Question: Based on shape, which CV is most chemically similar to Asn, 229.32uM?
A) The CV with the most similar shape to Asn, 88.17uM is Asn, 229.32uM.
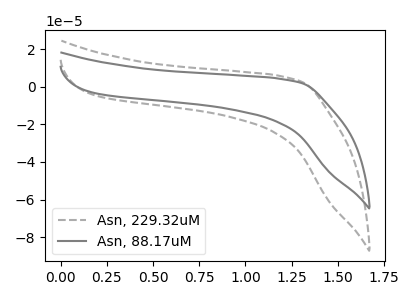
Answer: <think>The gray dashed curve "Asn, 229.32uM" has no peaks. The gray curve "Asn, 88.17uM" has no peaks.
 Neither "Asn, 229.32uM" or "Asn, 88.17uM" have any peaks.</think>
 <answer>A) The CV with the most similar shape to "Asn, 88.17uM" is "Asn, 229.32uM".</answer>
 <eval>A</eval>